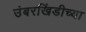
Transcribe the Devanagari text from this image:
उंबरखिंडीच्या